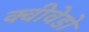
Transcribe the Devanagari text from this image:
क्वीवेडो